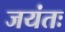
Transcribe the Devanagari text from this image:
जयंतः